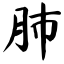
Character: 肺